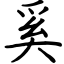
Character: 奚